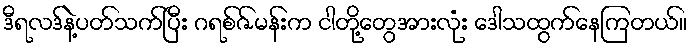
ဒီရလဒ်နဲ့ပတ်သက်ပြီး ဂရစ်ဇ်မန်းက ငါတို့တွေအားလုံး ဒေါသထွက်နေကြတယ်။